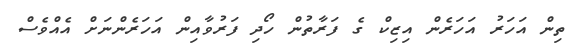
ތިން އަހަރު އަހަރެން އިޒިކް ގެ ފަރާތުން ހޯދި ފަރުވާއިން އަހަރެންނަށް އެއްވެސް